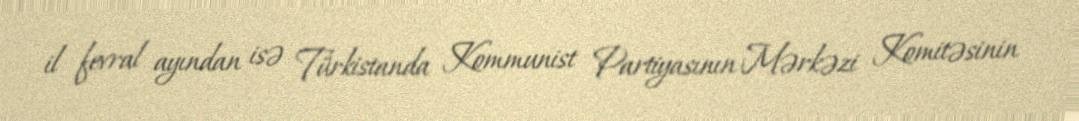
il fevral ayından isə Türkistanda Kommunist Partiyasının Mərkəzi Komitəsinin